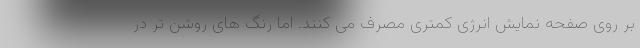
بر روی صفحه نمایش انرژی کمتری مصرف می کنند. اما رنگ های روشن تر در